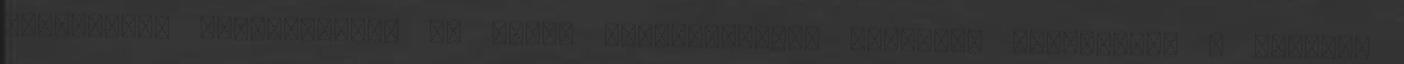
használták fegyverüket, és ennek következtében kilencen meghaltak. A későbbi